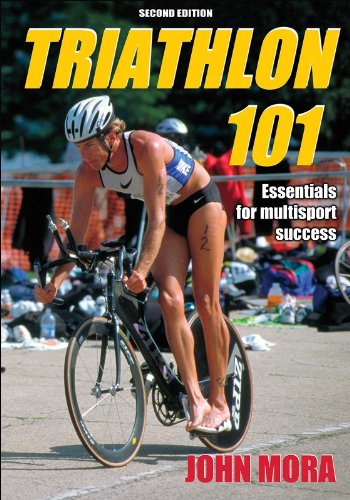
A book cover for Triathlon 101 - 2nd Edition; John Mora; Health, Fitness & Dieting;